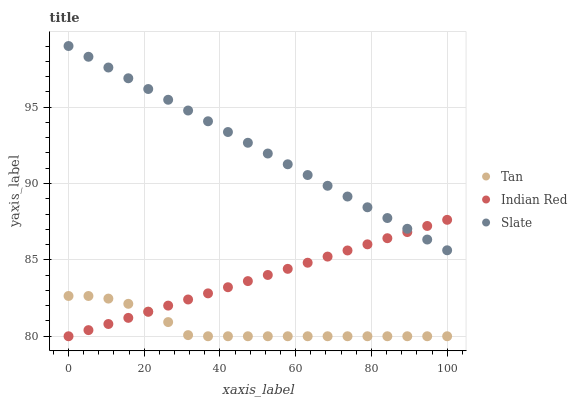
| xaxis_label | Tan | Indian Red | Slate |
 | --- | --- | --- | --- |
 | 0 | 82.6 | 80 | 99 |
 | 5.26 | 82.6 | 80.4 | 98.3 |
 | 10.5 | 82.5 | 80.8 | 97.6 |
 | 15.8 | 82.1 | 81.2 | 96.9 |
 | 21.1 | 81.6 | 81.6 | 96.2 |
 | 26.3 | 80.9 | 82 | 95.5 |
 | 31.6 | 80.1 | 82.4 | 94.8 |
 | 36.8 | 80 | 82.8 | 94.1 |
 | 42.1 | 80 | 83.2 | 93.4 |
 | 47.4 | 80 | 83.6 | 92.7 |
 | 52.6 | 80 | 84 | 92 |
 | 57.9 | 80 | 84.4 | 91.3 |
 | 63.2 | 80 | 84.8 | 90.6 |
 | 68.4 | 80 | 85.2 | 89.9 |
 | 73.7 | 80 | 85.6 | 89.1 |
 | 78.9 | 80 | 86 | 88.4 |
 | 84.2 | 80 | 86.4 | 87.7 |
 | 89.5 | 80 | 86.8 | 87 |
 | 94.7 | 80 | 87.2 | 86.3 |
 | 100 | 80 | 87.6 | 85.6 |